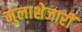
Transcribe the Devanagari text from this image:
मुलाशेजारीं